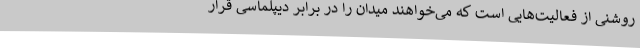
روشنی از فعالیت‌هایی است که می‌خواهند میدان را در برابر دیپلماسی قرار